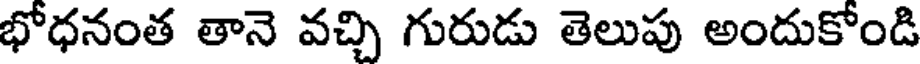
భోధనంత తానె వచ్చి గురుడు తెలుపు అందుకోండి